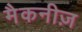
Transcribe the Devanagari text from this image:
मैकनीज़